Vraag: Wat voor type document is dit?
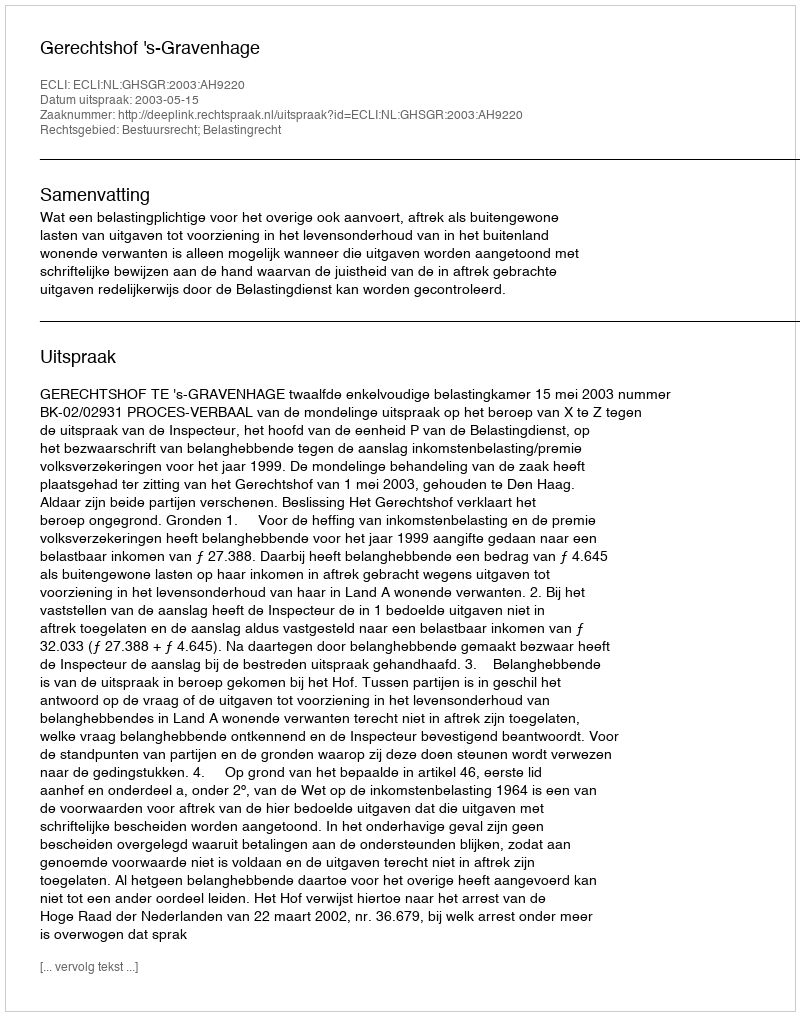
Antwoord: Uitspraak